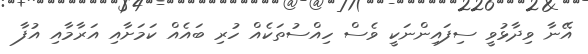
އޭނާ ވިދާޅުވީ ސިފައިންނަކީ ވެސް ހިއްސުތަކެއް ހުރި ބައެއް ކަމަށާއި އަރާމާއި އުފާ